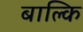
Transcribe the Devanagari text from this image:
बाल्कि